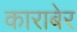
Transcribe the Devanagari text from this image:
काराबेर